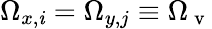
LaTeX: \Omega_{x,\mathit{i}}=\Omega_{y,j}\equiv\Omega_{\mathrm{{~v~}}}